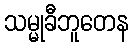
သမ္မုခီဘူတေန